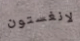
لانغستون